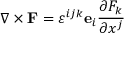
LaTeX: \nabla \times \mathbf { F } = \varepsilon ^ { i j k } \mathbf { e } _ { i } { \frac { \partial F _ { k } } { \partial x ^ { j } } }